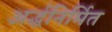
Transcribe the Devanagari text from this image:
अर्द्धनिर्मित